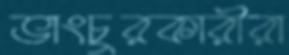
ভাংচুরকারীরা